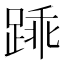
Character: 𫏓